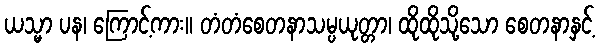
ယသ္မာ ပန၊ ကြောင့်ကား။ တံတံစေတနာသမ္ပယုတ္တာ၊ ထိုထိုသို့သော စေတနာနှင့်